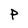
Character: P